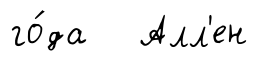
го́да Алл'ен